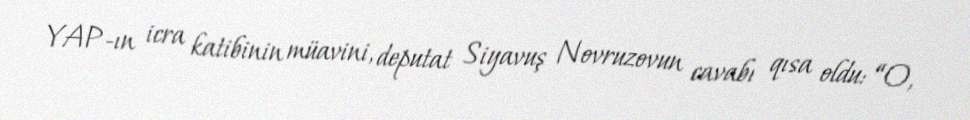
YAP-ın icra katibinin müavini, deputat Siyavuş Novruzovun cavabı qısa oldu: “O,